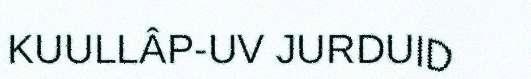
KUULLÂP-UV JURDUID